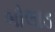
બોલાડ